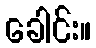
ခေါင်း။